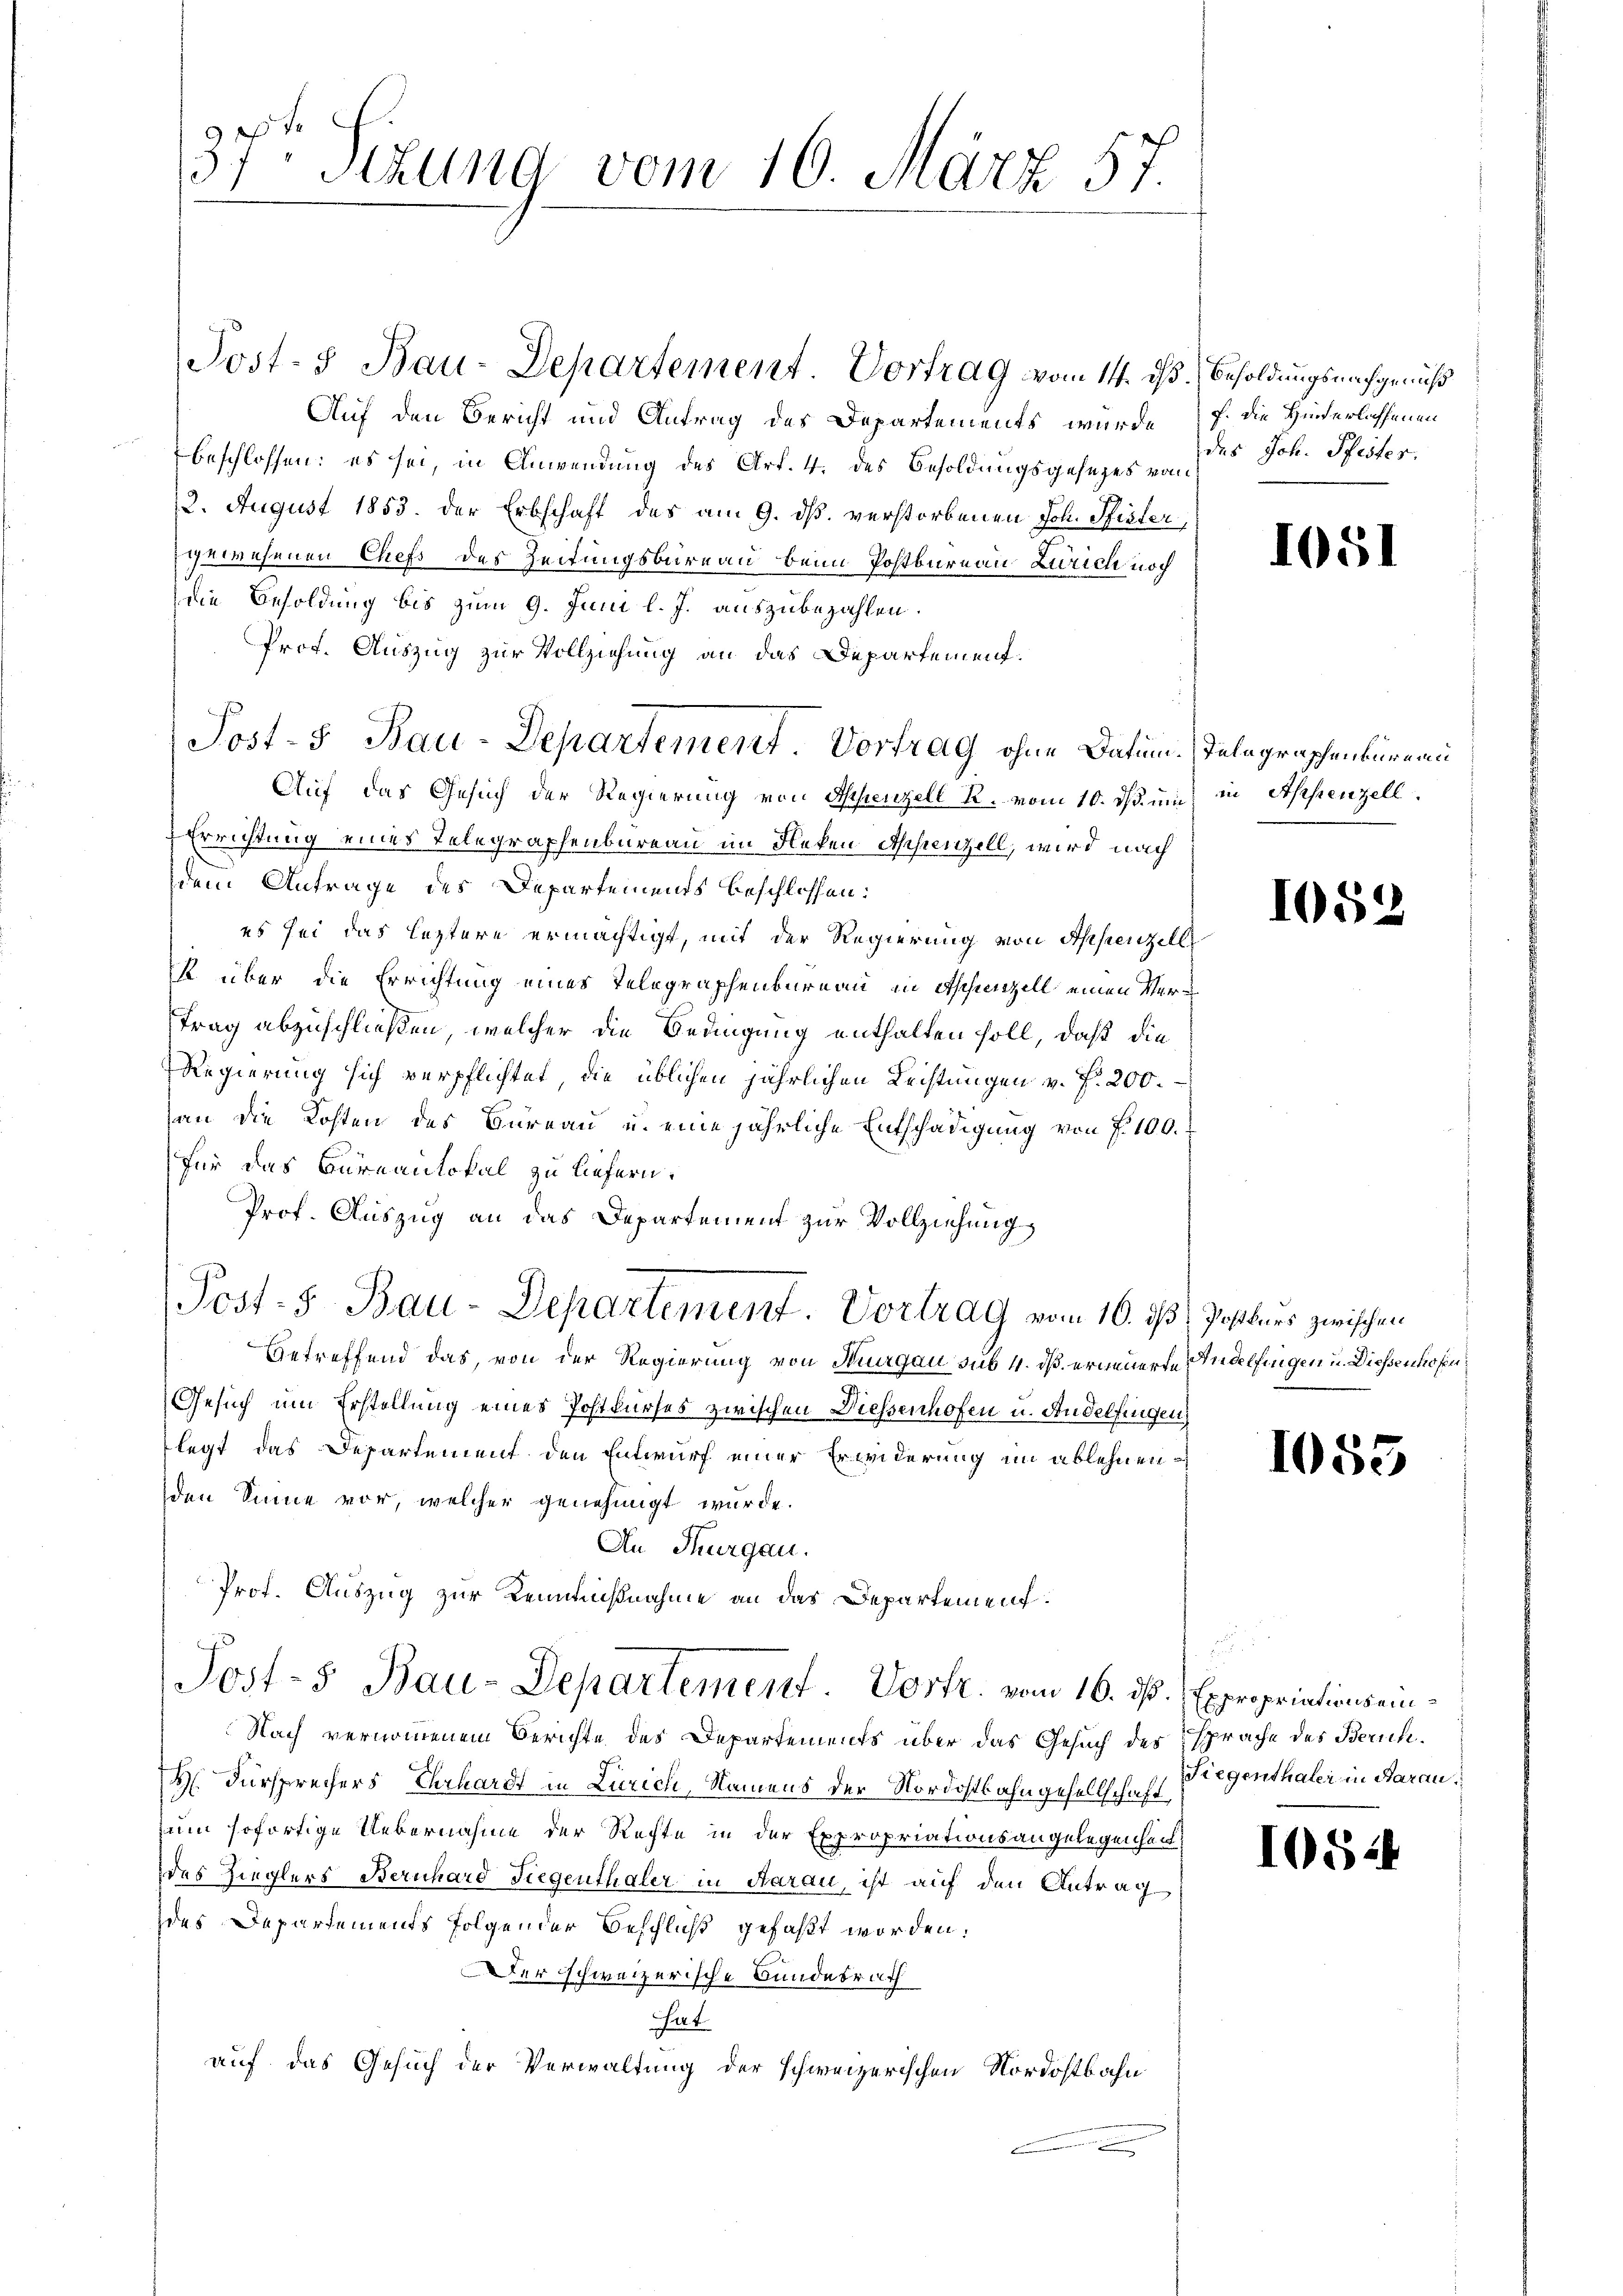
37ten Sizung vom 16. März 57.

Auf den Bericht und Antrag des Departements, wurde
beschlossen; es sei, in Anwendung des Art. 4. des Besoldungsgesezes vom
12. August 1853. der Erbschaft des am 9. ds. verstorbenen Joh. Pfister,
gewesenen Chefs des Zeitungsbureau beim Postbureau Zürich noch
die Besoldung bis zum 9. Juni l. J. auszubezahlen.
Prof. Auszug zur Vollziehung an das Departement.
Auf das Gesuch der Regierung von Appenzell R. vom 10. ds. um
Errichtung eines Telegraphenbureau im Fleken Appenzell, wird nach
dem Antrage des Departements beschlossen:
es sei das leztere ermächtigt, mit der Regierung von Appenzell
st über die Errichtung eines Telegraphenbureau in Aschienzell einen Vertrag abzuschließen, welcher die Bedingung enthalten soll, daß die
Regierung sich verpflichtet, die üblichen jährlichen Leistungen v. f. 200.
an die Kosten des Büreau u. eine jährliche Entschädigung von f. 100.
für das Bureaulokal zu liefern.
Prof. Auszug an das Departement zur Vollziehungs
Post- 5. Bau-Departement. Vortrag vom 16. ds Postner zwischen
Betreffend das, von der Regierung von Thurgau sub 4. dß erneuerte Andelfingen u. Diessenhofen,
Gesuch um Erstellung eines Postkurses zwischen Diessenhofen u. Andelfingen,
legt das Departement den Entwurf einer Erwiderung im ablehnenden Sinne vor, welcher genehmigt wurde.
An Thurgau.
Prot. Auszug zur Kenmußnahme an das Departement.
Post-5 Bau-Departement. Vortr. vom 16. ds. Expropriations ein¬
Nach vernommenem Berichte des Departements über das Gesuch des sprache des Zürich¬
H. Fürsprechers Ehrhardt in Zürich, Namens der Nordostbahngesellschaft,
zum sofortige Uebernahme der Rechte in der Expropriationsangelegenheit
des Zieglers Bernhard Siegenthaler in Aarau, ist auf den Antrag
des Departements folgender Beschluß gefaßt worden:
Der schweizerische Bundesrath
hat
auf das Gesuch der Verwaltung der schweizerischen Nordostbahn

Post-5 Bau-Departement. Vortrag ohne Datum. Telegraphenbüreau

Post- & Bau-Departement Vortrag vom 14. ds.

Besoldungsnachgenuß
f. Die Hinderlassenen
des Joh. Pfister.

1051

in Appenzell.

1052

1083

Fiegenthaler in Aarau

10524